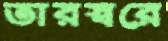
তারস্বরে